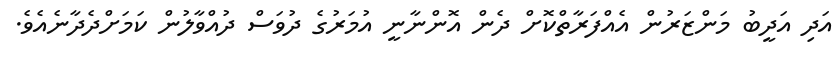
އަދި އަދީބު މަންޒަރުން އެއްފަރާތްކޮށް ދެން އޮންނާނީ އުމަރުގެ ދުވަސް ދުއްވާލުން ކަމަށްދެދާނެއެވެ.